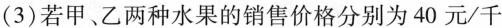
（3)若甲、乙两种水果的销售价格分别为40元/千